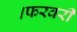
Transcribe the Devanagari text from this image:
।फरवरी